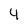
Character: 4